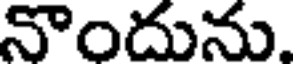
నొందును.